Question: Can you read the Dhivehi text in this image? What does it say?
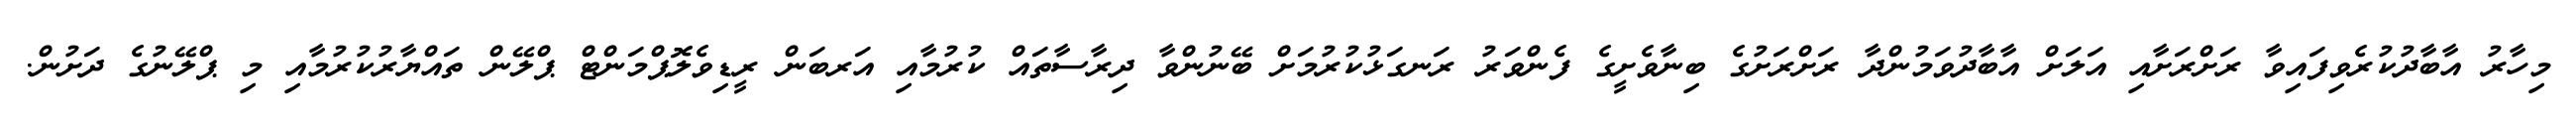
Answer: މިހާރު އާބާދުކުރެވިފައިވާ ރަށްރަށާއި އަލަށް އާބާދުވަމުންދާ ރަށްރަށުގެ ބިނާވެށީގެ ފެންވަރު ރަނގަޅުކުރުމަށް ބޭނުންވާ ދިރާސާތައް ކުރުމާއި އަރބަން ރީޑިވެލޮޕްމަންޓް ޕްލޭން ތައްޔާރުކުރުމާއި މި ޕްލޭނުގެ ދަށުން.